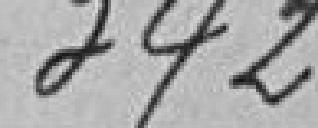
342